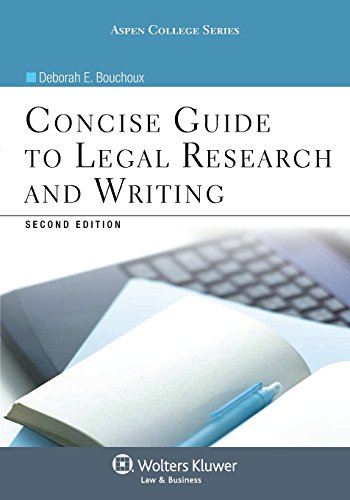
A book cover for Concise Guide To Legal Research and Writing, Second Edition (Aspen College); Deborah E. Bouchoux; Law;